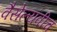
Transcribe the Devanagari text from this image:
वैसेल्यवीच